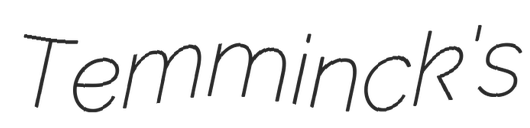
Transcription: Temminck's